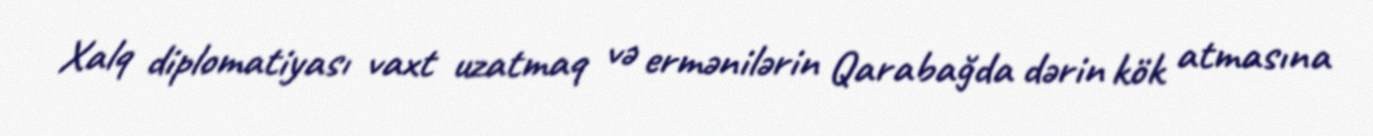
Xalq diplomatiyası vaxt uzatmaq və ermənilərin Qarabağda dərin kök atmasına